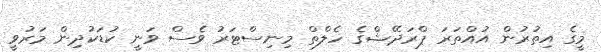
މީގެ އިތުރުން އުއްތަރަ ޕްރަދޭޝްގެ ހެލްތް މިނިސްޓަރު ވެސް ވަނީ ކުޑަކުދިން މަރުވީ